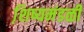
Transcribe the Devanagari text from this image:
शि़ष्यमंडळी